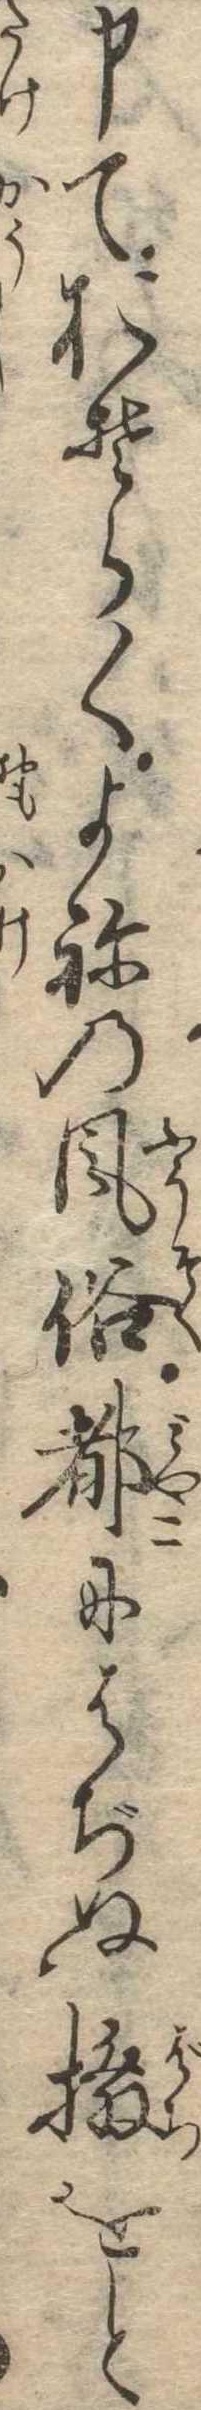
申ておそらくよねの風俗都にはぢぬ撥をと